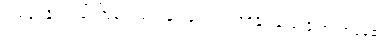
တစ်ခုရနိုင်သည် ကြုံတွေ့သည်နှင့် လေ့လာသိရှိနိုင်သည် နိုးထလာနေ၏